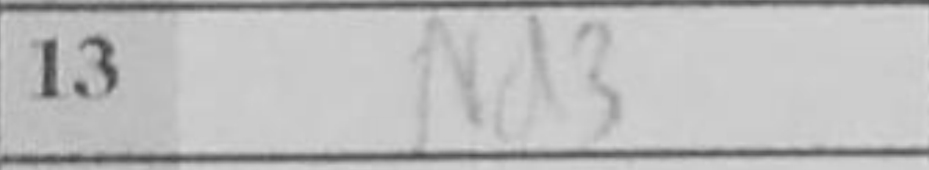
Transcription: Nd3